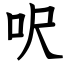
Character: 呎